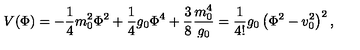
V ( \Phi ) = - \frac { 1 } { 4 } m _ { 0 } ^ { 2 } \Phi ^ { 2 } + \frac { 1 } { 4 } g _ { 0 } \Phi ^ { 4 } + \frac { 3 } { 8 } \frac { m _ { 0 } ^ { 4 } } { g _ { 0 } } = \frac { 1 } { 4 ! } g _ { 0 } \left( \Phi ^ { 2 } - v _ { 0 } ^ { 2 } \right) ^ { 2 } ,